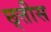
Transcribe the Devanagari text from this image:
छ्त्तीस